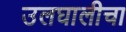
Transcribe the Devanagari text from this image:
उलघालीचा